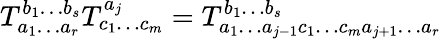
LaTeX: T_{a_{1}\ldots a_{r}}^{b_{1}\ldots b_{s}}T_{c_{1}\ldots c_{m}}^{a_{j}}=T_{a_{1}\ldots a_{j-1}c_{1}\ldots c_{m}a_{j+1}\ldots a_{r}}^{b_{1}\ldots b_{s}}